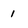
Character: 1